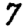
Digit: 7